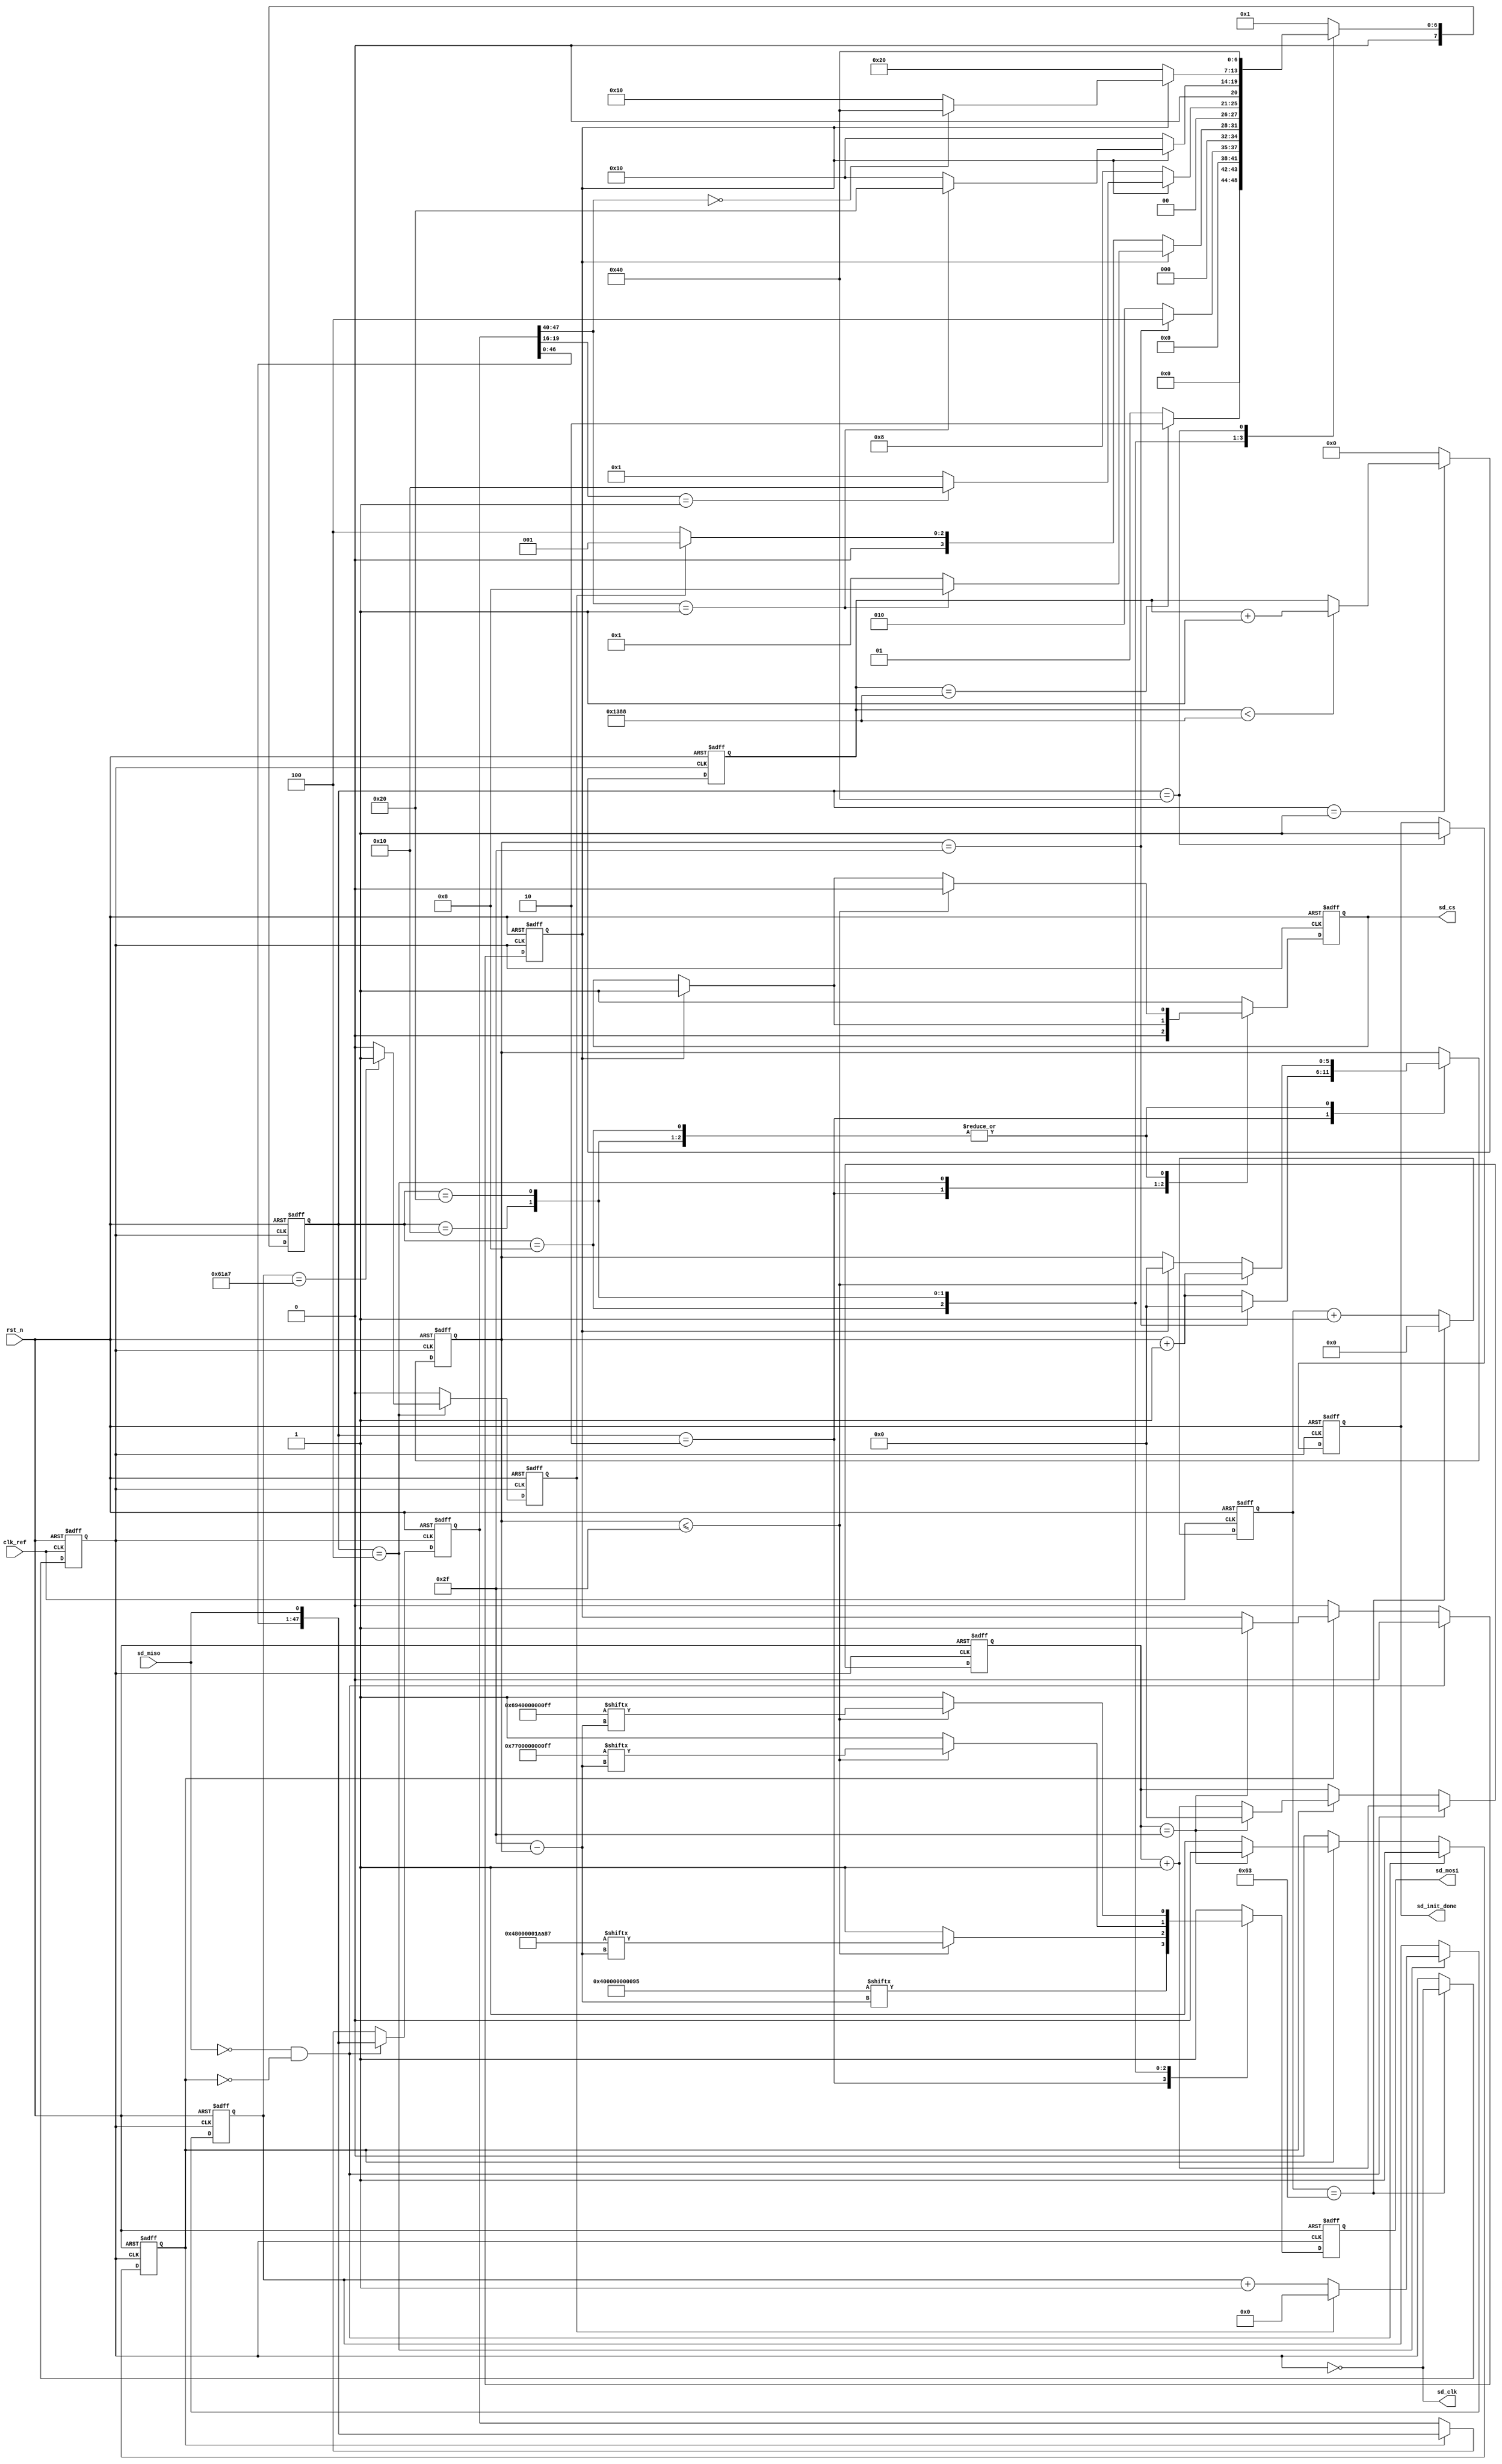
//****************************************Copyright (c)***********************************//
//www.openedv.com
//http://openedv.taobao.com 
//""FPGA & STM32
//
//Copyright(C)  2018-2028
//All rights reserved                               
//----------------------------------------------------------------------------------------
// File name:           sd_init
// Last modified Date:  2018/3/18 8:41:06
// Last Version:        V1.0
// Descriptions:        SD
//----------------------------------------------------------------------------------------
// Created by:          
// Created date:        2018/3/18 8:41:06
// Version:             V1.0
// Descriptions:        The original version
//
//----------------------------------------------------------------------------------------
//****************************************************************************************//

module sd_init(
    input          clk_ref       ,  //
    input          rst_n         ,  //,
    
    input          sd_miso       ,  //SDSPI
    output         sd_clk        ,  //SDSPI
    output  reg    sd_cs         ,  //SDSPI
    output  reg    sd_mosi       ,  //SDSPI
    output  reg    sd_init_done     //SD
    );

//parameter define
//SD,,CRC,CRC = 8'h95
parameter  CMD0  = {8'h40,8'h00,8'h00,8'h00,8'h00,8'h95};
//,,SD,2.0CMD8
//MMCV1.x,,,CRC,CRC = 8'h87
parameter  CMD8  = {8'h48,8'h00,8'h00,8'h01,8'haa,8'h87};
//SD, CRC
parameter  CMD55 = {8'h77,8'h00,8'h00,8'h00,8'h00,8'hff};  
//(OCR), CRC
parameter  ACMD41= {8'h69,8'h40,8'h00,8'h00,8'h00,8'hff};
//,SDSD,50M/250K = 200 
parameter  DIV_FREQ = 200;
//74,,sd_cs = 1,sd_mosi = 1
parameter  POWER_ON_NUM = 5000;
//SD,T = 100ms; 100_000us/4us = 25000
//,SD,
parameter  OVER_TIME_NUM = 25000;
                        
parameter  st_idle        = 7'b000_0001;  //,SD
parameter  st_send_cmd0   = 7'b000_0010;  //
parameter  st_wait_cmd0   = 7'b000_0100;  //SD
parameter  st_send_cmd8   = 7'b000_1000;  //SD
parameter  st_send_cmd55  = 7'b001_0000;  //SD
parameter  st_send_acmd41 = 7'b010_0000;  //(OCR)
parameter  st_init_done   = 7'b100_0000;  //SD

//reg define
reg    [7:0]   cur_state      ;
reg    [7:0]   next_state     ; 
                              
reg    [7:0]   div_cnt        ;    //
reg            div_clk        ;    //         
reg    [12:0]  poweron_cnt    ;    //
reg            res_en         ;    //SD
reg    [47:0]  res_data       ;    //SD
reg            res_flag       ;    //
reg    [5:0]   res_bit_cnt    ;    //
                                   
reg    [5:0]   cmd_bit_cnt    ;    //
reg   [15:0]   over_time_cnt  ;    //  
reg            over_time_en   ;    // 
                                   
wire           div_clk_180deg ;    //div_clk180

//*****************************************************
//**                    main code
//*****************************************************

assign  sd_clk = ~div_clk;         //SD_CLK
assign  div_clk_180deg = ~div_clk; //DIV_CLK180

//,div_clk = 250KHz
always @(posedge clk_ref or negedge rst_n) begin
    if(!rst_n) begin
        div_clk <= 1'b0;
        div_cnt <= 8'd0;
    end
    else begin
        if(div_cnt == DIV_FREQ/2-1'b1) begin
            div_clk <= ~div_clk;
            div_cnt <= 8'd0;
        end
        else    
            div_cnt <= div_cnt + 1'b1;
    end        
end

//
always @(posedge div_clk or negedge rst_n) begin
    if(!rst_n) 
        poweron_cnt <= 13'd0;
    else if(cur_state == st_idle) begin
        if(poweron_cnt < POWER_ON_NUM)
            poweron_cnt <= poweron_cnt + 1'b1;                   
    end
    else
        poweron_cnt <= 13'd0;    
end    

//sd
//div_clk_180deg(sd_clk)
always @(posedge div_clk_180deg or negedge rst_n) begin
    if(!rst_n) begin
        res_en <= 1'b0;
        res_data <= 48'd0;
        res_flag <= 1'b0;
        res_bit_cnt <= 6'd0;
    end    
    else begin
        //sd_miso = 0 
        if(sd_miso == 1'b0 && res_flag == 1'b0) begin 
            res_flag <= 1'b1;
            res_data <= {res_data[46:0],sd_miso};
            res_bit_cnt <= res_bit_cnt + 6'd1;
            res_en <= 1'b0;
        end    
        else if(res_flag) begin
            //R11,R3 R75
            //6,1NOP(8)
            res_data <= {res_data[46:0],sd_miso};     
            res_bit_cnt <= res_bit_cnt + 6'd1;
            if(res_bit_cnt == 6'd47) begin
                res_flag <= 1'b0;
                res_bit_cnt <= 6'd0;
                res_en <= 1'b1; 
            end                
        end  
        else
            res_en <= 1'b0;         
    end
end                    

always @(posedge div_clk or negedge rst_n) begin
    if(!rst_n)
        cur_state <= st_idle;
    else
        cur_state <= next_state;
end

always @(*) begin
    next_state = st_idle;
    case(cur_state)
        st_idle : begin
            //74
            if(poweron_cnt == POWER_ON_NUM)          //,SD
                next_state = st_send_cmd0;
            else
                next_state = st_idle;
        end 
        st_send_cmd0 : begin                         //
            if(cmd_bit_cnt == 6'd47)
                next_state = st_wait_cmd0;
            else
                next_state = st_send_cmd0;    
        end               
        st_wait_cmd0 : begin                         //SD
            if(res_en) begin                         //SD
                if(res_data[47:40] == 8'h01)         //SD
                    next_state = st_send_cmd8;
                else
                    next_state = st_idle;
            end
            else if(over_time_en)                    //SD
                next_state = st_idle;
            else
                next_state = st_wait_cmd0;                                    
        end    
        //,SD
        st_send_cmd8 : begin 
            if(res_en) begin                         //SD  
                //SD,[19:16] = 4'b0001(2.7V~3.6V)
                if(res_data[19:16] == 4'b0001)       
                    next_state = st_send_cmd55;
                else
                    next_state = st_idle;
            end
            else
                next_state = st_send_cmd8;            
        end
        //SD
        st_send_cmd55 : begin     
            if(res_en) begin                         //SD  
                if(res_data[47:40] == 8'h01)         //SD
                    next_state = st_send_acmd41;
                else
                    next_state = st_send_cmd55;    
            end        
            else
                next_state = st_send_cmd55;     
        end  
        st_send_acmd41 : begin                       //(OCR)
            if(res_en) begin                         //SD  
                if(res_data[47:40] == 8'h00)         //
                    next_state = st_init_done;
                else
                    next_state = st_send_cmd55;      //, 
            end
            else
                next_state = st_send_acmd41;     
        end                
        st_init_done : next_state = st_init_done;    // 
        default : next_state = st_idle;
    endcase
end

//SDdiv_clk_180deg(sd_clk),sd_clk
//alway,sd_clk180
always @(posedge div_clk or negedge rst_n) begin
    if(!rst_n) begin
        sd_cs <= 1'b1;
        sd_mosi <= 1'b1;
        sd_init_done <= 1'b0;
        cmd_bit_cnt <= 6'd0;
        over_time_cnt <= 16'd0;
        over_time_en <= 1'b0;
    end
    else begin
        over_time_en <= 1'b0;
        case(cur_state)
            st_idle : begin                               //,SD
                sd_cs <= 1'b1;                            //,sd_cs=1
                sd_mosi <= 1'b1;                          //sd_mosi=1
            end     
            st_send_cmd0 : begin                          //CMD0
                cmd_bit_cnt <= cmd_bit_cnt + 6'd1;        
                sd_cs <= 1'b0;                            
                sd_mosi <= CMD0[6'd47 - cmd_bit_cnt];     //CMD0
                if(cmd_bit_cnt == 6'd47)                  
                    cmd_bit_cnt <= 6'd0;                  
            end      
            //CMD0,CS,SPI                                     
            st_wait_cmd0 : begin                          
                sd_mosi <= 1'b1;             
                if(res_en)                                //SD
                    //,SPI                     
                    sd_cs <= 1'b1;                                      
                over_time_cnt <= over_time_cnt + 1'b1;    //
                //SD,
                if(over_time_cnt == OVER_TIME_NUM - 1'b1)
                    over_time_en <= 1'b1; 
                if(over_time_en)
                    over_time_cnt <= 16'd0;                                        
            end                                           
            st_send_cmd8 : begin                          //CMD8
                if(cmd_bit_cnt<=6'd47) begin
                    cmd_bit_cnt <= cmd_bit_cnt + 6'd1;
                    sd_cs <= 1'b0;
                    sd_mosi <= CMD8[6'd47 - cmd_bit_cnt]; //CMD8       
                end
                else begin
                    sd_mosi <= 1'b1;
                    if(res_en) begin                      //SD
                        sd_cs <= 1'b1;
                        cmd_bit_cnt <= 6'd0; 
                    end   
                end                                                                   
            end 
            st_send_cmd55 : begin                         //CMD55
                if(cmd_bit_cnt<=6'd47) begin
                    cmd_bit_cnt <= cmd_bit_cnt + 6'd1;
                    sd_cs <= 1'b0;
                    sd_mosi <= CMD55[6'd47 - cmd_bit_cnt];       
                end
                else begin
                    sd_mosi <= 1'b1;
                    if(res_en) begin                      //SD
                        sd_cs <= 1'b1;
                        cmd_bit_cnt <= 6'd0;     
                    end        
                end                                                                                    
            end
            st_send_acmd41 : begin                        //ACMD41
                if(cmd_bit_cnt <= 6'd47) begin
                    cmd_bit_cnt <= cmd_bit_cnt + 6'd1;
                    sd_cs <= 1'b0;
                    sd_mosi <= ACMD41[6'd47 - cmd_bit_cnt];      
                end
                else begin
                    sd_mosi <= 1'b1;
                    if(res_en) begin                      //SD
                        sd_cs <= 1'b1;
                        cmd_bit_cnt <= 6'd0;  
                    end        
                end     
            end
            st_init_done : begin                          //
                sd_init_done <= 1'b1;
                sd_cs <= 1'b1;
                sd_mosi <= 1'b1;
            end
            default : begin
                sd_cs <= 1'b1;
                sd_mosi <= 1'b1;                
            end    
        endcase
    end
end

endmodule